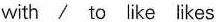
with / to like likes